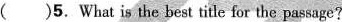
()5. What is the best title for the passage?